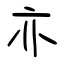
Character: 亦